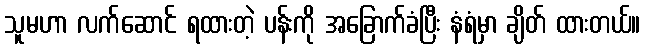
သူမဟာ လက်ဆောင် ရထားတဲ့ ပန်းကို အခြောက်ခံပြီး နံရံမှာ ချိတ် ထားတယ်။